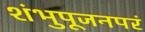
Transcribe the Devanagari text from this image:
शंभुपूजनपरं